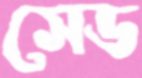
সেড